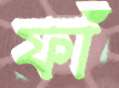
ফাঁ